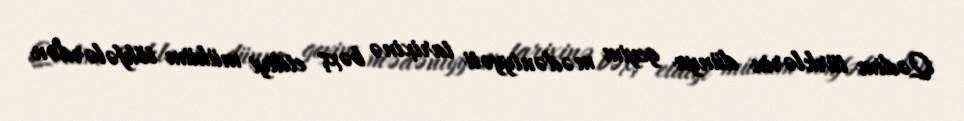
Qədim türklərin dünya geyim mədəniyyəti tarixinə bəxş etdiyi mühüm töhfələrdən